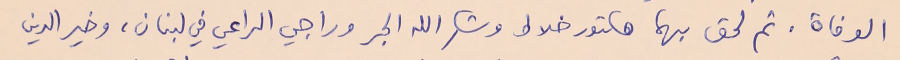
الوفاة. ثم لحق بهما هكتور خلاط وشكرالله الجر وراجي الراعي في لبنان، وخير الدين